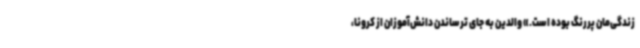
زندگی‌مان پررنگ بوده است.» والدین به جای ترساندن دانش‌آموزان از کرونا،